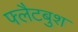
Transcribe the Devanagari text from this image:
फ्लैटबुश